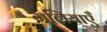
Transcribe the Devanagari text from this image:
गलियाएँ